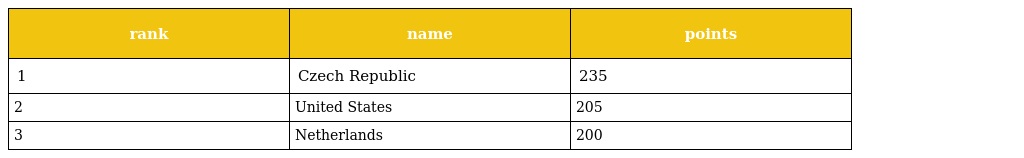
| rank | name | points |
 | --- | --- | --- |
 | 1 | Czech Republic | 235 |
 | 2 | United States | 205 |
 | 3 | Netherlands | 200 |